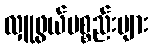
လှူဖွယ်ပစ္စည်းများ